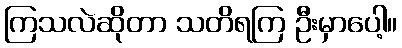
ကြသလဲဆိုတာ သတိရကြ ဦးမှာပေါ့။